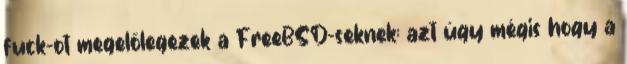
fuck-ot megelőlegezek a FreeBSD-seknek: azt úgy mégis hogy a